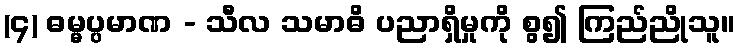
(၄) ဓမ္မပ္ပမာဏ - သီလ သမာဓိ ပညာရှိမှုကို စွ၍ ကြည်ညိုသူ။